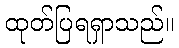
ထုတ်ပြရရှာသည်။